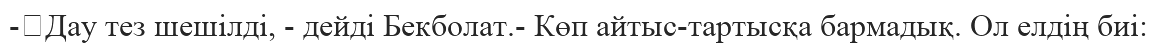
-	Дау тез шешілді, - дейді Бекболат.- Көп айтыс-тартысқа бармадық. Ол елдің биі: